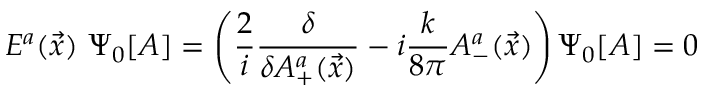
E ^ { a } ( \vec { x } ) ~ \Psi _ { 0 } [ A ] = \left( \frac { 2 } { i } \frac { \delta } { \delta A _ { + } ^ { a } ( \vec { x } ) } - i \frac { k } { 8 \pi } A _ { - } ^ { a } ( \vec { x } ) \right) \Psi _ { 0 } [ A ] = 0